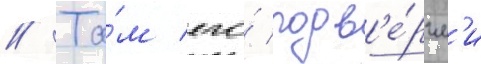
// Та́м его́ подв'е́ргл'и